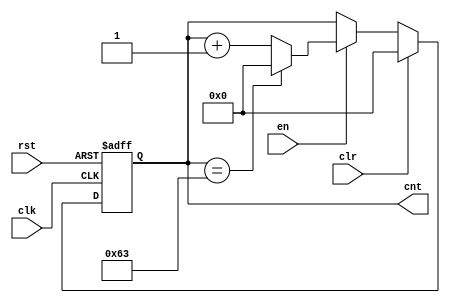
module Counter #(parameter count = 32'd99) (

input clk, rst,
input clr, en,
output reg [31:0] cnt

);

always @(posedge clk, posedge rst)
begin
if (rst)
cnt <= 32'd0;
else if (clr)
cnt <= 32'd0;
else if (en)
cnt <= (cnt == count) ? 32'd0 : (cnt + 32'd1);
end

endmodule